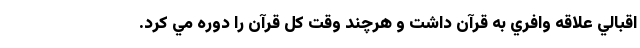
اقبالي علاقه وافري به قرآن داشت و هرچند وقت كل قرآن را دوره مي كرد.